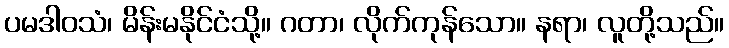
ပမဒါဝသံ၊ မိန်းမနိုင်ငံသို့။ ဂတာ၊ လိုက်ကုန်သော။ နရာ၊ လူတို့သည်။